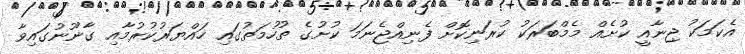
އެކަމަކު ޖިނާއީ ކުށެއް މެމްބަރަކު ކުރަނިކޮށް ފެނިއްޖެނަމަ ކުށުގެ ތުހުމަތުގައި ހައްޔަރުކުރުމާއި ގާނޫނުގައިވާ